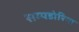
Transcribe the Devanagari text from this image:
सम्पडोरिया